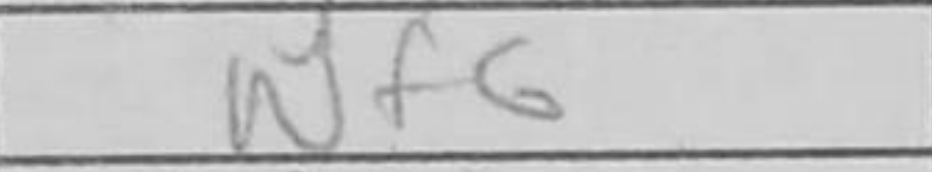
Transcription: Nf6